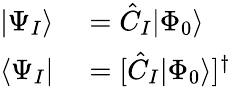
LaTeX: \begin{array}{rl}{|\Psi_{I}\rangle}&{{}=\hat{C}_{I}|\Phi_{0}\rangle}\\ {\langle\Psi_{I}|}&{{}=[\hat{C}_{I}|\Phi_{0}\rangle]^{\dagger}}\end{array}